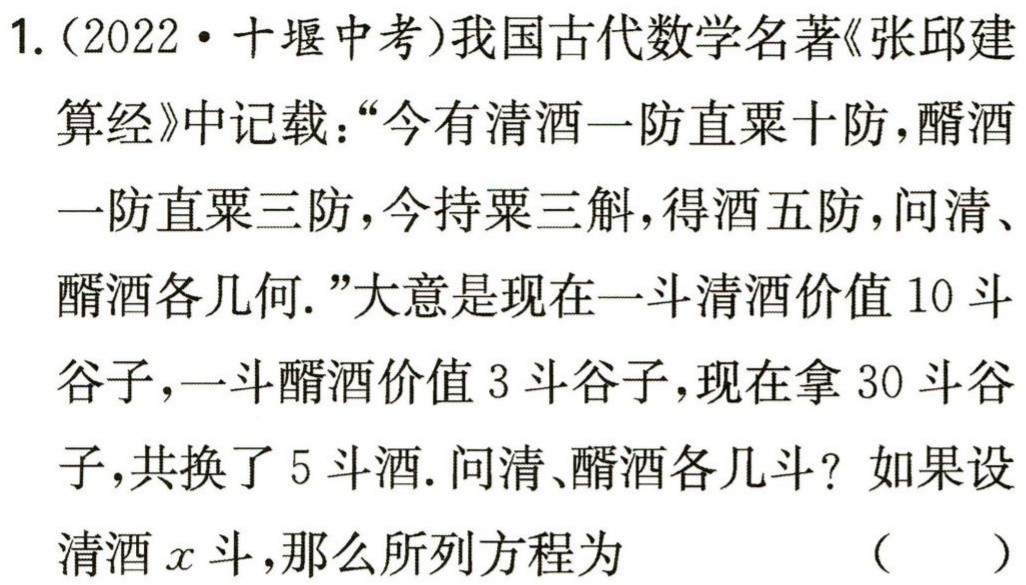
1.（2022·十堰中考）我国古代数学名著《张邱建算经》中记载：“今有清酒一防直粟十防，醑酒一防直粟三防，今持粟三斛，得酒五防，问清、醑酒各几何.”大意是现在一斗清酒价值10斗谷子，一斗醑酒价值3斗谷子，现在拿30斗谷子，共换了5斗酒. 问清、醑酒各几斗？如果设清酒\(x\)斗，那么所列方程为 （  ）